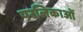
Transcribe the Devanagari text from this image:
परलिकाओं